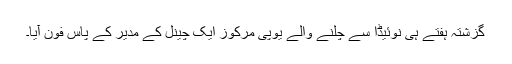
گزشتہ ہفتے ہی نوئیڈا سے چلنے والے یوپی مرکوز ایک چینل کے مدیر کے پاس فون آیا۔